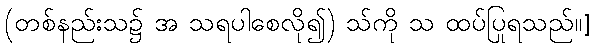
(တစ်နည်းသ၌ အ သရပါစေလို၍) သ်ကို သ ထပ်ပြုရသည်။]